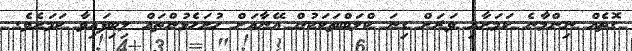
ގޮތެއް ނިންމާނެ ކަމަށާއި ވަރަށް ގިނަ ކްލަބްތަކަކުން އޭނާއަށް ހުށަހެޅުންތައް ލިބިފައިވާ ކަމަށެވެ.